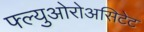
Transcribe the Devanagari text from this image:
फ्ल्युओरोअसिटेट